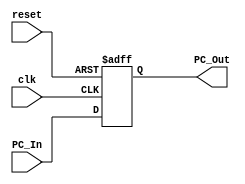
module Program_Counter
  (
  input clk,
  input reset,
  input [63:0] PC_In,
  output reg [63:0] PC_Out
  );
  
  always@(posedge reset, posedge clk)
  begin
    if (reset == 1'b1)
      begin
        PC_Out = 0;
      end
    else
      begin
        PC_Out = PC_In;
      end
  end
  
  initial
  PC_Out = 64'd0;
  
  
endmodule